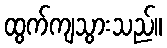
ထွက်ကျသွားသည်။